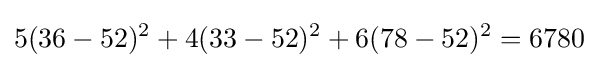
5(36-52)^{2}+4(33-52)^{2}+6(78-52)^{2}=6780